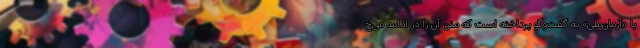
‌با «آرمان‌ملی» به گفت‌وگو پرداخته است که متن آن را در ادامه می‌خ